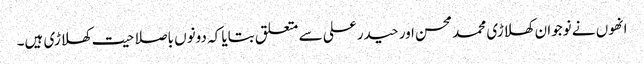
انھوں نے نوجوان کھلاڑی محمد محسن اور حیدر علی سے متعلق بتایا کہ دونوں باصلاحیت کھلاڑی ہیں۔